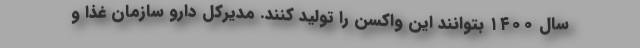
سال ۱۴۰۰ بتوانند این واکسن را تولید کنند. مدیرکل دارو سازمان غذا و